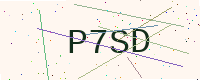
Text: P7SD